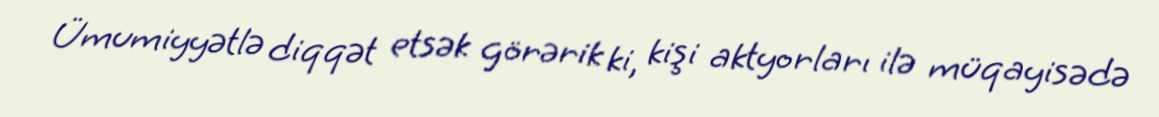
Ümumiyyətlə diqqət etsək görərik ki, kişi aktyorları ilə müqayisədə